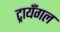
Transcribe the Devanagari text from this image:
ट्रायँगल